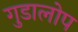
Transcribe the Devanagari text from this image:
गुडालोप